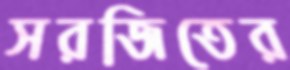
সরজিতের